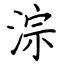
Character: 淙